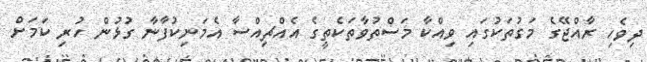
ދިވެހި ރާއްޖޭގެ މަގުތަކުގައި ވިއްކާ މަސްތުވާތަކެތީގެ އެއްޗިއްސާ އެމަނިކުފާނާ ގުޅުން ހުރި ކަމަށް